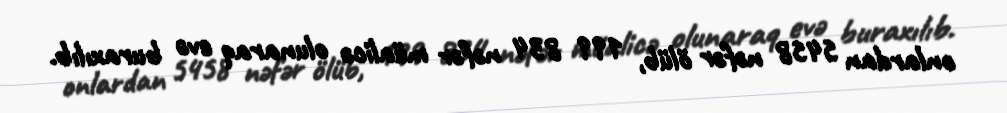
onlardan 5458 nəfər ölüb, 199 834 nəfər müalicə olunaraq evə buraxılıb.